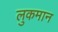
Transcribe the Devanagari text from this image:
लुकमान